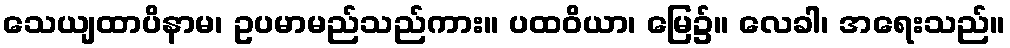
သေယျထာပိနာမ၊ ဥပမာမည်သည်ကား။ ပထဝိယာ၊ မြေ၌။ လေခါ၊ အရေးသည်။